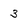
Character: 3